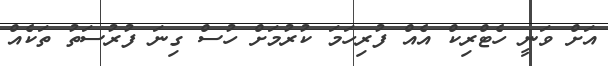
އަށް ވަނީ ހެޓްރިކް އެއް ފުރިހަމަ ކުރުމަށް ހުސް ގިނަ ފުރުސަތު ތަކެއް